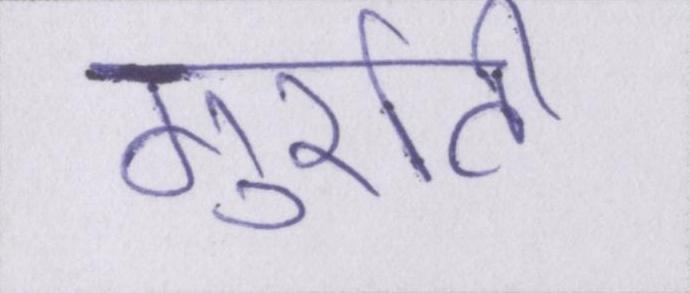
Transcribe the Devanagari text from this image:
गुर्राती